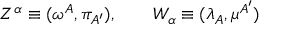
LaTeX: Z ^ { \alpha } \equiv ( \omega ^ { A } , \pi _ { A ^ { \prime } } ) , \ \ \ \ \ \ W _ { \alpha } \equiv ( \lambda _ { A } , \mu ^ { A ^ { \prime } } )